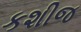
કશીજ